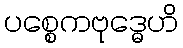
ပစ္စေကဗုဒ္ဓေဟိ